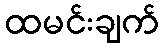
ထမင်းချက်